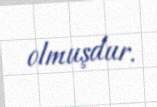
olmuşdur.